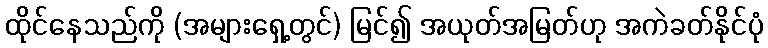
ထိုင်နေသည်ကို (အများရှေ့တွင်) မြင်၍ အယုတ်အမြတ်ဟု အကဲခတ်နိုင်ပုံ